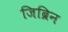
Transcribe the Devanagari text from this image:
जिब्रिन